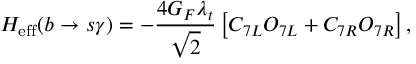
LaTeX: H _ { \mathrm { e f f } } ( b \rightarrow s \gamma ) = - { \frac { 4 G _ { F } \lambda _ { t } } { \sqrt { 2 } } } \left[ C _ { 7 L } O _ { 7 L } + C _ { 7 R } O _ { 7 R } \right] ,